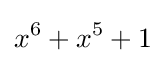
x^{6}+x^{5}+1